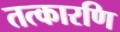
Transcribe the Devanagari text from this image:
तत्कारणि